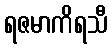
ရဇမာကိရသီ